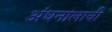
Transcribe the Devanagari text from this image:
अंधनालाची